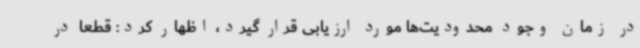
در زمان وجود محدودیت‌ها مورد ارزیابی قرار گیرد، اظهار کرد: قطعاً در